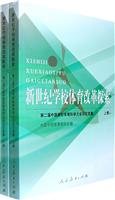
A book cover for New Century School Sports Reform: The Second Chinese school sports Science Conference Proceedings (scroll up and down)(Chinese Edition); ZHONG GUO XUE XIAO TI YU YAN JIU HUI; Sports & Outdoors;